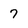
Character: 7